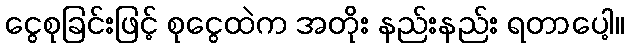
ငွေစုခြင်းဖြင့် စုငွေထဲက အတိုး နည်းနည်း ရတာပေါ့။